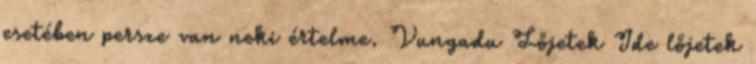
esetében persze van neki értelme. Vungadu Lőjetek Ide lőjetek